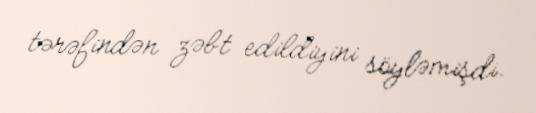
tərəfindən zəbt edildiyini söyləmişdi.